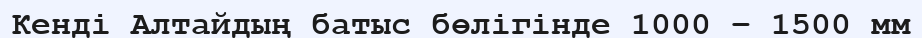
Кенді Алтайдың батыс бөлігінде 1000 – 1500 мм